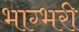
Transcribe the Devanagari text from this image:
भाग्भरी